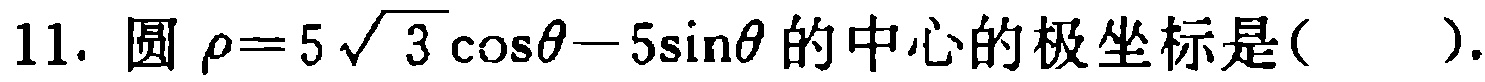
11. 圆\(\rho = 5\sqrt{3}\cos\theta - 5\sin\theta\)的中心的极坐标是(  ).